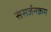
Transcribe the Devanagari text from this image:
संसर्जनक्रम